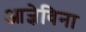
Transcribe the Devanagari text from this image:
आज्ञेविना